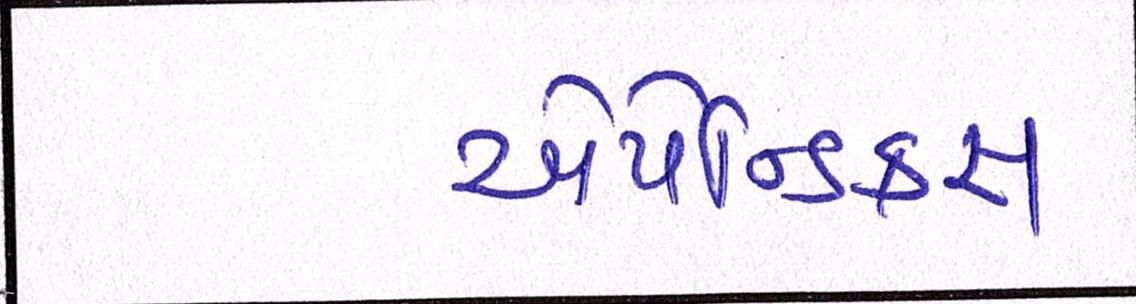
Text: એપેન્ડિક્સ